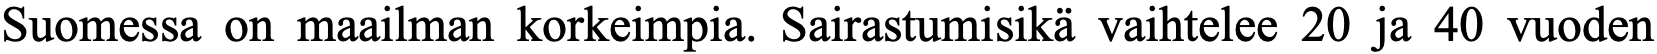
Suomessa on maailman korkeimpia. Sairastumisikä vaihtelee 20 ja 40 vuoden